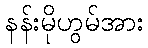
နန်းမိုဟွမ်အား